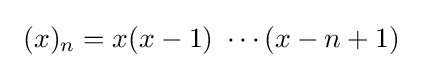
\ (x)_{n}=x(x-1)\ \cdots (x-n+1)\